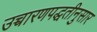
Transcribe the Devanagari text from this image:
उच्चारणपद्धतीनुसार